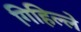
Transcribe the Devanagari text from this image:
गिहिल्ले